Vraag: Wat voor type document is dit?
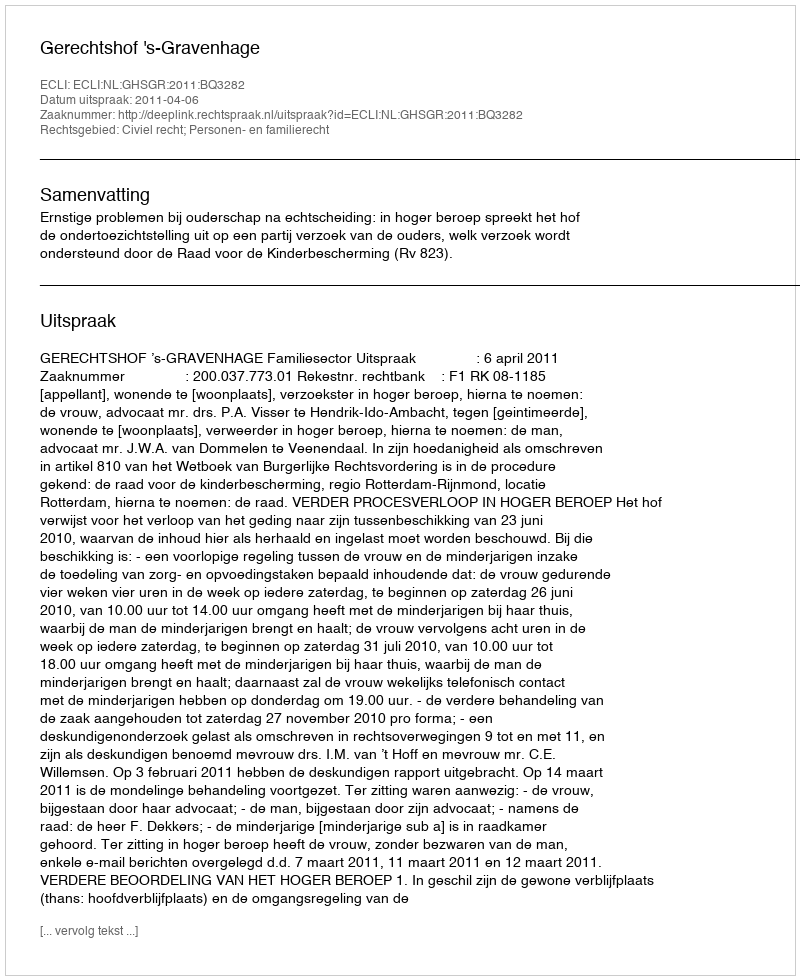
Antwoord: Uitspraak